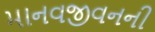
માનવજીવનની